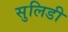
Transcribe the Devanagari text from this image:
सुलिडी